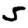
Digit: 5